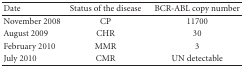
<table><thead><tr><td><b>Date</b></td><td><b>Status of the disease</b></td><td><b>BCR-ABL copy number</b></td></tr></thead><tbody><tr><td>November 2008</td><td>CP</td><td>11700</td></tr><tr><td>August 2009</td><td>CHR</td><td>30</td></tr><tr><td>February 2010</td><td>MMR</td><td>3</td></tr><tr><td>July 2010</td><td>CMR</td><td>UN detectable</td></tr></tbody></table>